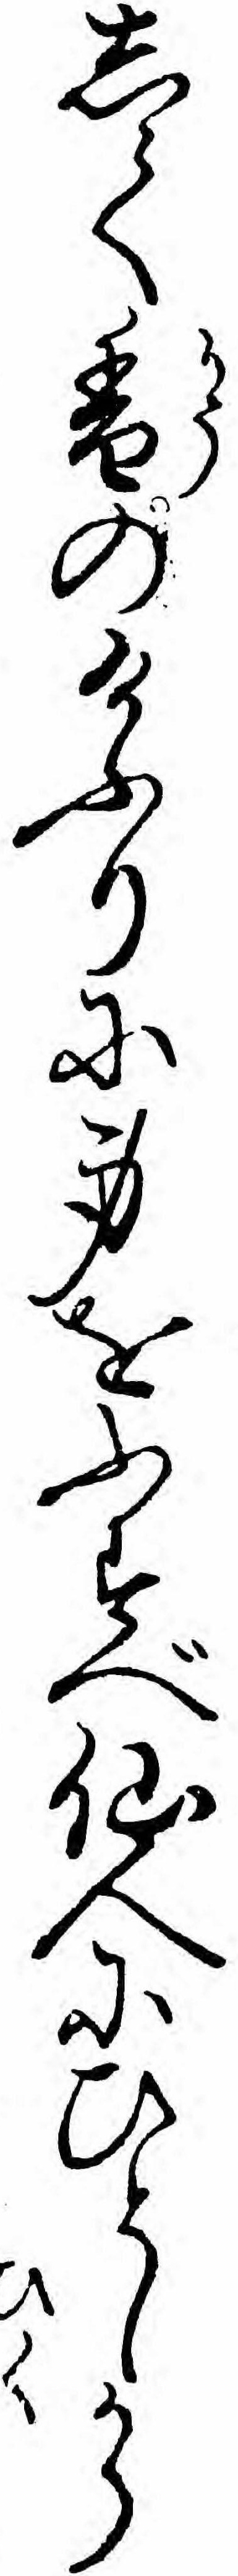
して香のけふりに身をふすべ仙人にひとしから